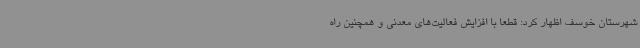
شهرستان خوسف اظهار کرد: قطعا با افزایش فعالیت‌های معدنی و همچنین راه